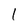
Character: 1